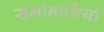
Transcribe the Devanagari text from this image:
समानार्थियों